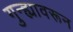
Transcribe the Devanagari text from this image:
गुन्ह्यावरून